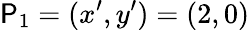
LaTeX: \mathsf{P}_{1}=(x^{\prime},y^{\prime})=(2,0)